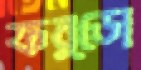
ফর্ডো